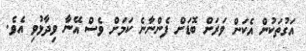
އަގުތަކުން އެކަން ވަރަށް ބޮޑަށް ފެންނާނެ ކަމަށް ވެސް އޭނާ ވިދާޅުވި އެވެ.